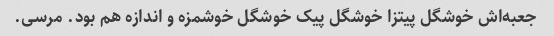
جعبه‌اش خوشگل پیتزا خوشگل پیک خوشگل خوشمزه و اندازه هم بود. مرسی.